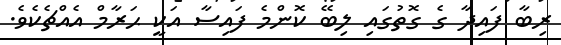
ރިބާ ފައިދާ ގެ ގޮތުގައި ލިބޭ ކޮންމެ ފައިސާ އަކީ ޙަރާމް އެއްޗެކެވެ.